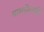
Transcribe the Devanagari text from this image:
यामग्रेवयसि